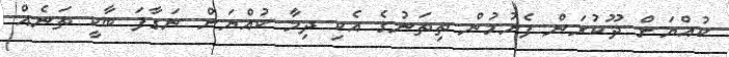
ކުއްޔަށް ދޫކުރަން ފެށުމުން ތިތަނުގެ އެކި ދިމާ ކުއްޔަށް ނަގާފަ ބާކީ ތަނެއް